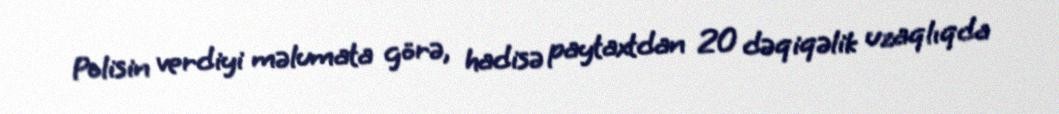
Polisin verdiyi məlumata görə, hadisə paytaxtdan 20 dəqiqəlik uzaqlıqda